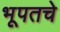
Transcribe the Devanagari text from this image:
भूपतचे